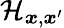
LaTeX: \mathcal{H}_{\boldsymbol{x},\boldsymbol{x}^{\prime}}